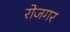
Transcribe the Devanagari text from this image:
रोजगर